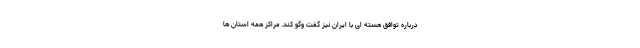
درباره توافق هسته ای با ایران نیز گفت وگو کند. مراکز همه استان ها